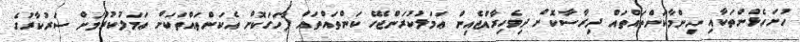
ހުށަހެޅުންތަކާއި ނިންމާކަންތައްތައް ދިރާސާކޮށް ދިވެހިރާއްޖެއިން ޢަމަލުކުރަންޖެހޭ ކަންތައްތައް ފާހަގަކޮށް އެކަންތައްތަކަށް ޢަމަލުކުރުމަށް ސަރުކާރުގެ